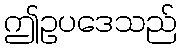
ဤဥပဒေသည်